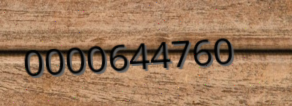
0000644760